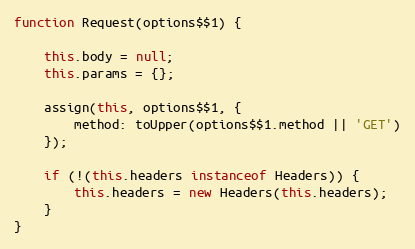
Language: JavaScript
function Request(options$$1) {

    this.body = null;
    this.params = {};

    assign(this, options$$1, {
        method: toUpper(options$$1.method || 'GET')
    });

    if (!(this.headers instanceof Headers)) {
        this.headers = new Headers(this.headers);
    }
}